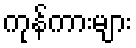
ကုန်ကားများ